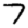
Digit: 7